Report on vaccination in Madras 1877-1894 - 1877-1894
Year: 1877
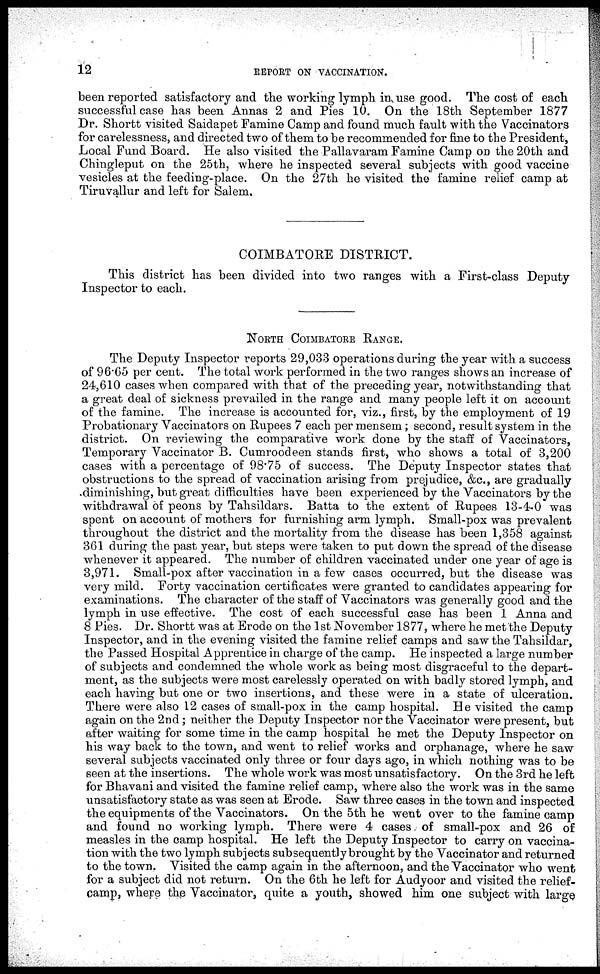
12
REPORT ON VACCINATION.
been reported satisfactory and the working lymph in use good. The cost of each
successful case has been Annas 2 and Pies 10. On the 18th September 1877
Dr. Shortt visited Saidapet Famine Camp and found much fault with the Vaccinators
for carelessness, and directed two of them to be recommended for fine to the President,
Local Fund Board. He also visited the Pallavaram Famine Camp on the 20th and
Chingleput on the 25th, where he inspected several subjects with good vaccine
vesicles at the feeding-place. On the 27th he visited the famine relief camp at
Tiruvallur and left for Salem.
COIMBATORE DISTRICT.
This district has been divided into two ranges with a First-class Deputy
Inspector to each.
NORTH COIMBATORE RANGE.
The Deputy Inspector reports 29,033 operations during the year with a success
of 96.65 per cent. The total work performed in the two ranges shows an increase of
24,610 cases when compared with that of the preceding year, notwithstanding that
a great deal of sickness prevailed in the range and many people left it on account
of the famine. The increase is accounted for, viz., first, by the employment of 19
Probationary Vaccinators on Rupees 7 each per mensem; second, result system in the
district. On reviewing the comparative work done by the staff of Vaccinators,
Temporary Vaccinator B. Cumroodeen stands first, who shows a total of 3,200
cases with a percentage of 98.75 of success. The Deputy Inspector states that
obstructions to the spread of vaccination arising from prejudice, &c., are gradually
diminishing, but great difficulties have been experienced by the Vaccinators by the
withdrawal of peons by Tahsildars. Batta to the extent of Rupees 13-4-0 was
spent on account of mothers for furnishing arm lymph. Small-pox was prevalent
throughout the district and the mortality from the disease has been 1,358 against
361 during the past year, but steps were taken to put down the spread of the disease
whenever it appeared. The number of children vaccinated under one year of age is
3,971. Small-pox after vaccination in a few cases occurred, but the disease was
very mild. Forty vaccination certificates were granted to candidates appearing for
examinations. The character of the staff of Vaccinators was generally good and the
lymph in use effective. The cost of each successful case has been 1 Anna and
8 Pies. Dr. Shortt was at Erode on the 1st November 1877, where he met the Deputy
Inspector, and in the evening visited the famine relief camps and saw the Tahsildar,
the Passed Hospital Apprentice in charge of the camp. He inspected a large number
of subjects and condemned the whole work as being most disgraceful to the depart-
ment, as the subjects were most carelessly operated on with badly stored lymph, and
each having but one or two insertions, and these were in a state of ulceration.
There were also 12 cases of small-pox in the camp hospital. He visited the camp
again on the 2nd; neither the Deputy Inspector nor the Vaccinator were present, but
after waiting for some time in the camp hospital he met the Deputy Inspector on
his way back to the town, and went to relief works and orphanage, where he saw
several subjects vaccinated only three or four days ago, in which nothing was to be
seen at the insertions. The whole work was most unsatisfactory. On the 3rd he left
for Bhavani and visited the famine relief camp, where also the work was in the same
unsatisfactory state as was seen at Erode. Saw three cases in the town and inspected
the equipments of the Vaccinators. On the 5th he went over to the famine camp
and found no working lymph. There were 4 cases of small-pox and 26 of
measles in the camp hospital. He left the Deputy Inspector to carry on vaccina-
tion with the two lymph subjects subsequently brought by the Vaccinator and returned
to the town. Visited the camp again in the afternoon, and the Vaccinator who went
for a subject did not return. On the 6th he left for Audyoor and visited the relief-
camp, where the Vaccinator, quite a youth, showed him one subject with large